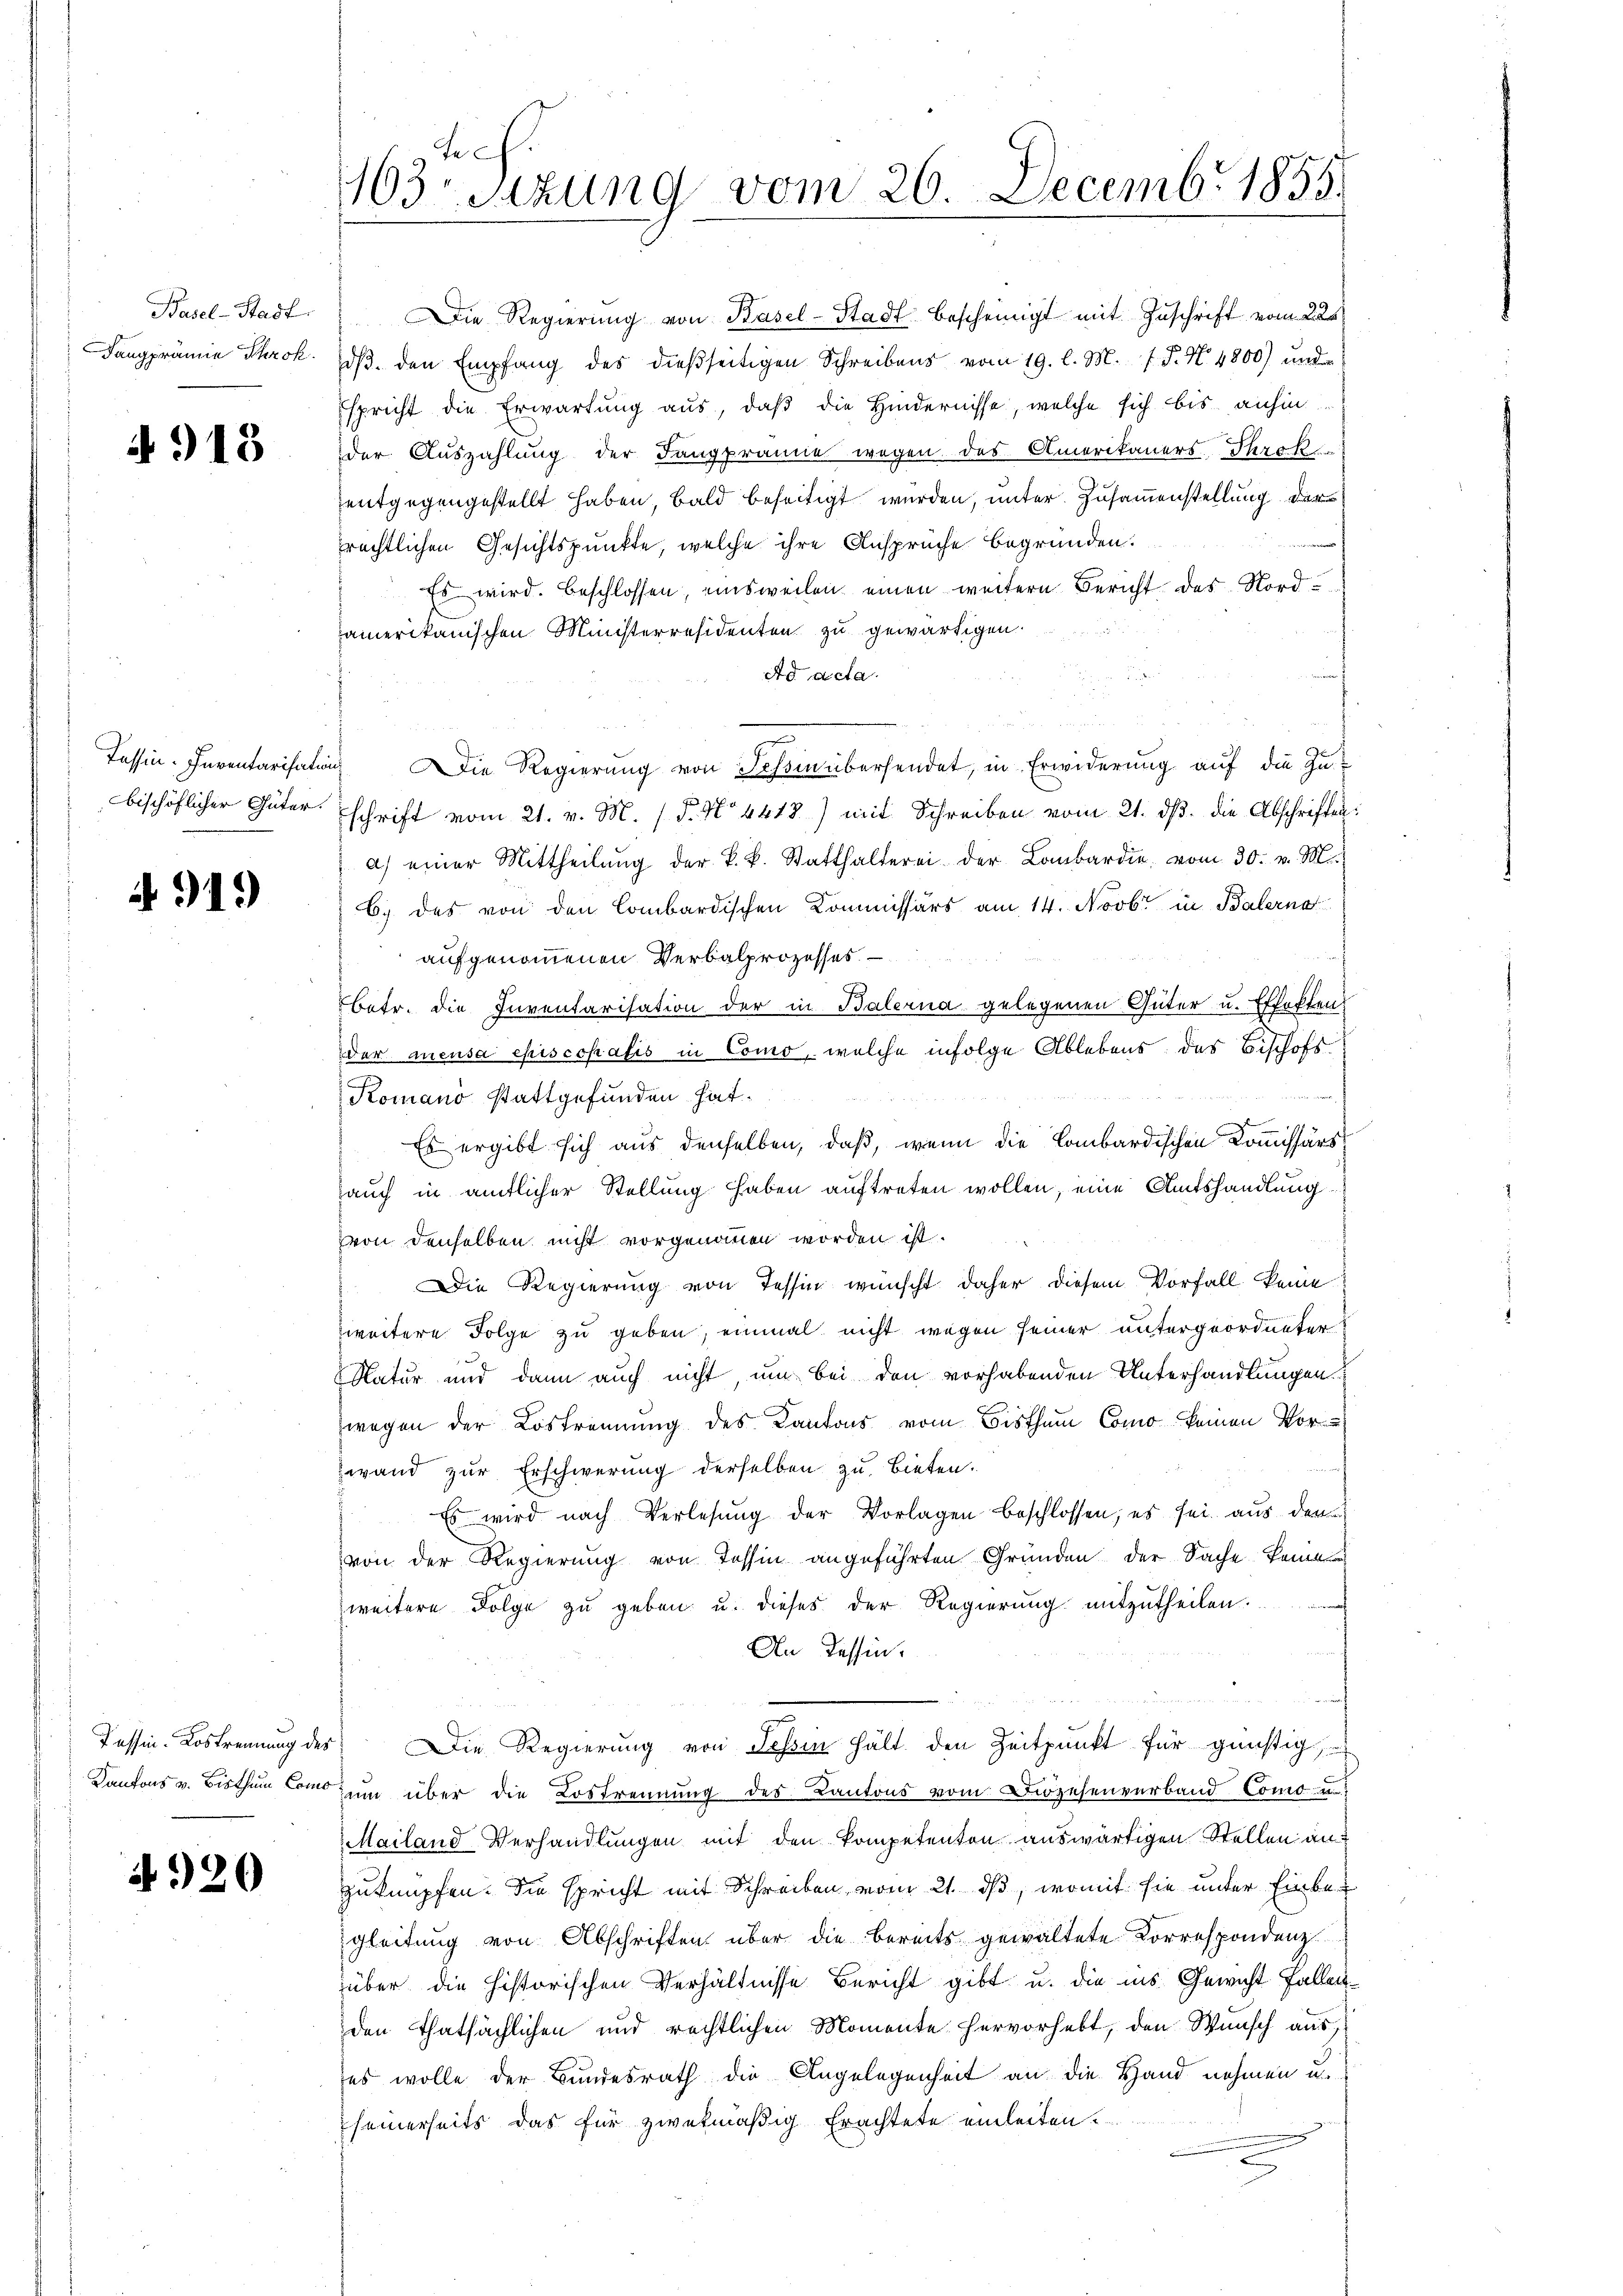
Basel-Stadt.
Dangprämie Throk.

4918

Passin. Inventarisatio
bischöflicher Güter.

A 919

Passin-Lostrennung des
Kantons v. Bisthum Como

4920

163. Sizung vom 26. Decemb. 1855.

Die Regierung von Basel-Stadt bescheinigt mit Zuschrift vom 225
dβ. den Empfang des dießseitigen Schreibens vom 19. l. M. P. N. 4800) und
Espricht die Erwartung aus, daß die Hindernisse, welche sich bis anhin
der Auszahlung der Fangprämie wegen des Amerikaners Throk
entgegengestellt haben, bald beseitigt wurden, unter Zusammenstellung der
prechtlichen Gesichtspunkte, welche ihre Ansprüche begründen.
Es wird. Beschlossen, einsweilen einen weitern Bericht des Nordamerikanischen Ministerresidenten zu gewärtigen.
Ad acta
 Die Regierŭng von Tessin übersendet, in Erwiderŭng aŭf die Zuschrift vom 21. v. M. P. No 4418) mit Schreiben vom 21. dβ. die Abschriften:
a) einer Mittheilung der k. k. Statthalterei der Lombardie vom 30. v. M.
6) des von den Combardischen Kommissärs am 14. Novbr. in Balerna
aufgenommenen Verbalprozesses
betr. die Inventarisation der in Balerna gelegenen Güter u. Effekten
der meusa episcopalis in Como, welche infolge Ablebens des Bischofs-
 belebt
Komano stattgefunden hat.
.
Es ergibt sich aus denselben, daß, wenn die Combardischen Kommissärs
auch in amtlicher Stellung haben auftreten wollen, eine Amtshandlung
von denselben nicht vorgenommen worden ist.
Die Regierung von Tessin wünscht daher diesem Vorfall keine
zweitere Folge zu geben, einmal nicht wegen seiner untergeordneter
Natur und dann auch nicht, um bei den vorhabenden Unterhandlungen.
wegen der Lostrennung des Kantons vom Bisthum Como keinen Vor-
wand zur Erschwerung derselben zu Bieten.
 Es wird nach Verlesung der Vorlagen beschlossen; es sei aus dem
von der Regierung von Tessin angeführten Gründen der Sache keine
zweitere Folge zu geben u. dieses der Regierung mitzutheilen.
An Tessin.
s
Die Regierung von Tessin hält den Zeitpunkt für günstig
um über die Lostrennung des Kantons vom Diözesenverband Como u
Mailand-Verhandlungen mit den kompetenton auswärtigen Stellen anzuknüpfen. Sie spricht mit Schreiben vom 21. ds, womit sie unter Einbegleitung von Abschriften über die bereits gewaltete Korrespondenz
über die historischen Verhältnisse Bericht gibt u. die ins Gewicht fallenden Thatsächlichen und rechtlichen Momente hervorhebt, den Wunsch aus
es wolle der Bundesrath die Angelegenheit an die Hand nehmen u.
seinerseits das für zwekmäßig Erachtete einleiten.